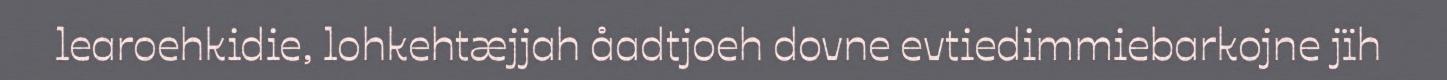
learoehkidie, lohkehtæjjah åadtjoeh dovne evtiedimmiebarkojne jïh